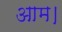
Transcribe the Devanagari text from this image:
आम।